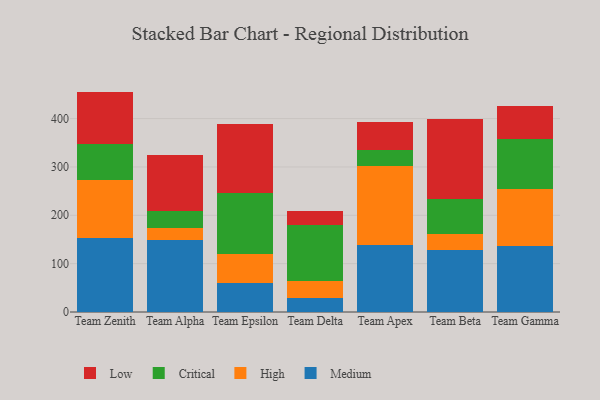
{"axis": {"x": "Team", "y": "LTV (USD)"}, "legend": ["Critical", "High", "Low", "Medium"], "data": [{"x": "Team Zenith", "y": 153.3, "type": "Medium"}, {"x": "Team Zenith", "y": 120.5, "type": "High"}, {"x": "Team Zenith", "y": 72.8, "type": "Critical"}, {"x": "Team Zenith", "y": 109.2, "type": "Low"}, {"x": "Team Alpha", "y": 149.6, "type": "Medium"}, {"x": "Team Alpha", "y": 23.5, "type": "High"}, {"x": "Team Alpha", "y": 36.0, "type": "Critical"}, {"x": "Team Alpha", "y": 114.7, "type": "Low"}, {"x": "Team Epsilon", "y": 60.4, "type": "Medium"}, {"x": "Team Epsilon", "y": 59.8, "type": "High"}, {"x": "Team Epsilon", "y": 125.6, "type": "Critical"}, {"x": "Team Epsilon", "y": 142.2, "type": "Low"}, {"x": "Team Delta", "y": 29.1, "type": "Medium"}, {"x": "Team Delta", "y": 35.6, "type": "High"}, {"x": "Team Delta", "y": 115.9, "type": "Critical"}, {"x": "Team Delta", "y": 28.4, "type": "Low"}, {"x": "Team Apex", "y": 139.2, "type": "Medium"}, {"x": "Team Apex", "y": 162.6, "type": "High"}, {"x": "Team Apex", "y": 33.6, "type": "Critical"}, {"x": "Team Apex", "y": 58.0, "type": "Low"}, {"x": "Team Beta", "y": 127.4, "type": "Medium"}, {"x": "Team Beta", "y": 34.0, "type": "High"}, {"x": "Team Beta", "y": 71.3, "type": "Critical"}, {"x": "Team Beta", "y": 166.5, "type": "Low"}, {"x": "Team Gamma", "y": 137.5, "type": "Medium"}, {"x": "Team Gamma", "y": 117.3, "type": "High"}, {"x": "Team Gamma", "y": 103.1, "type": "Critical"}, {"x": "Team Gamma", "y": 68.9, "type": "Low"}]}